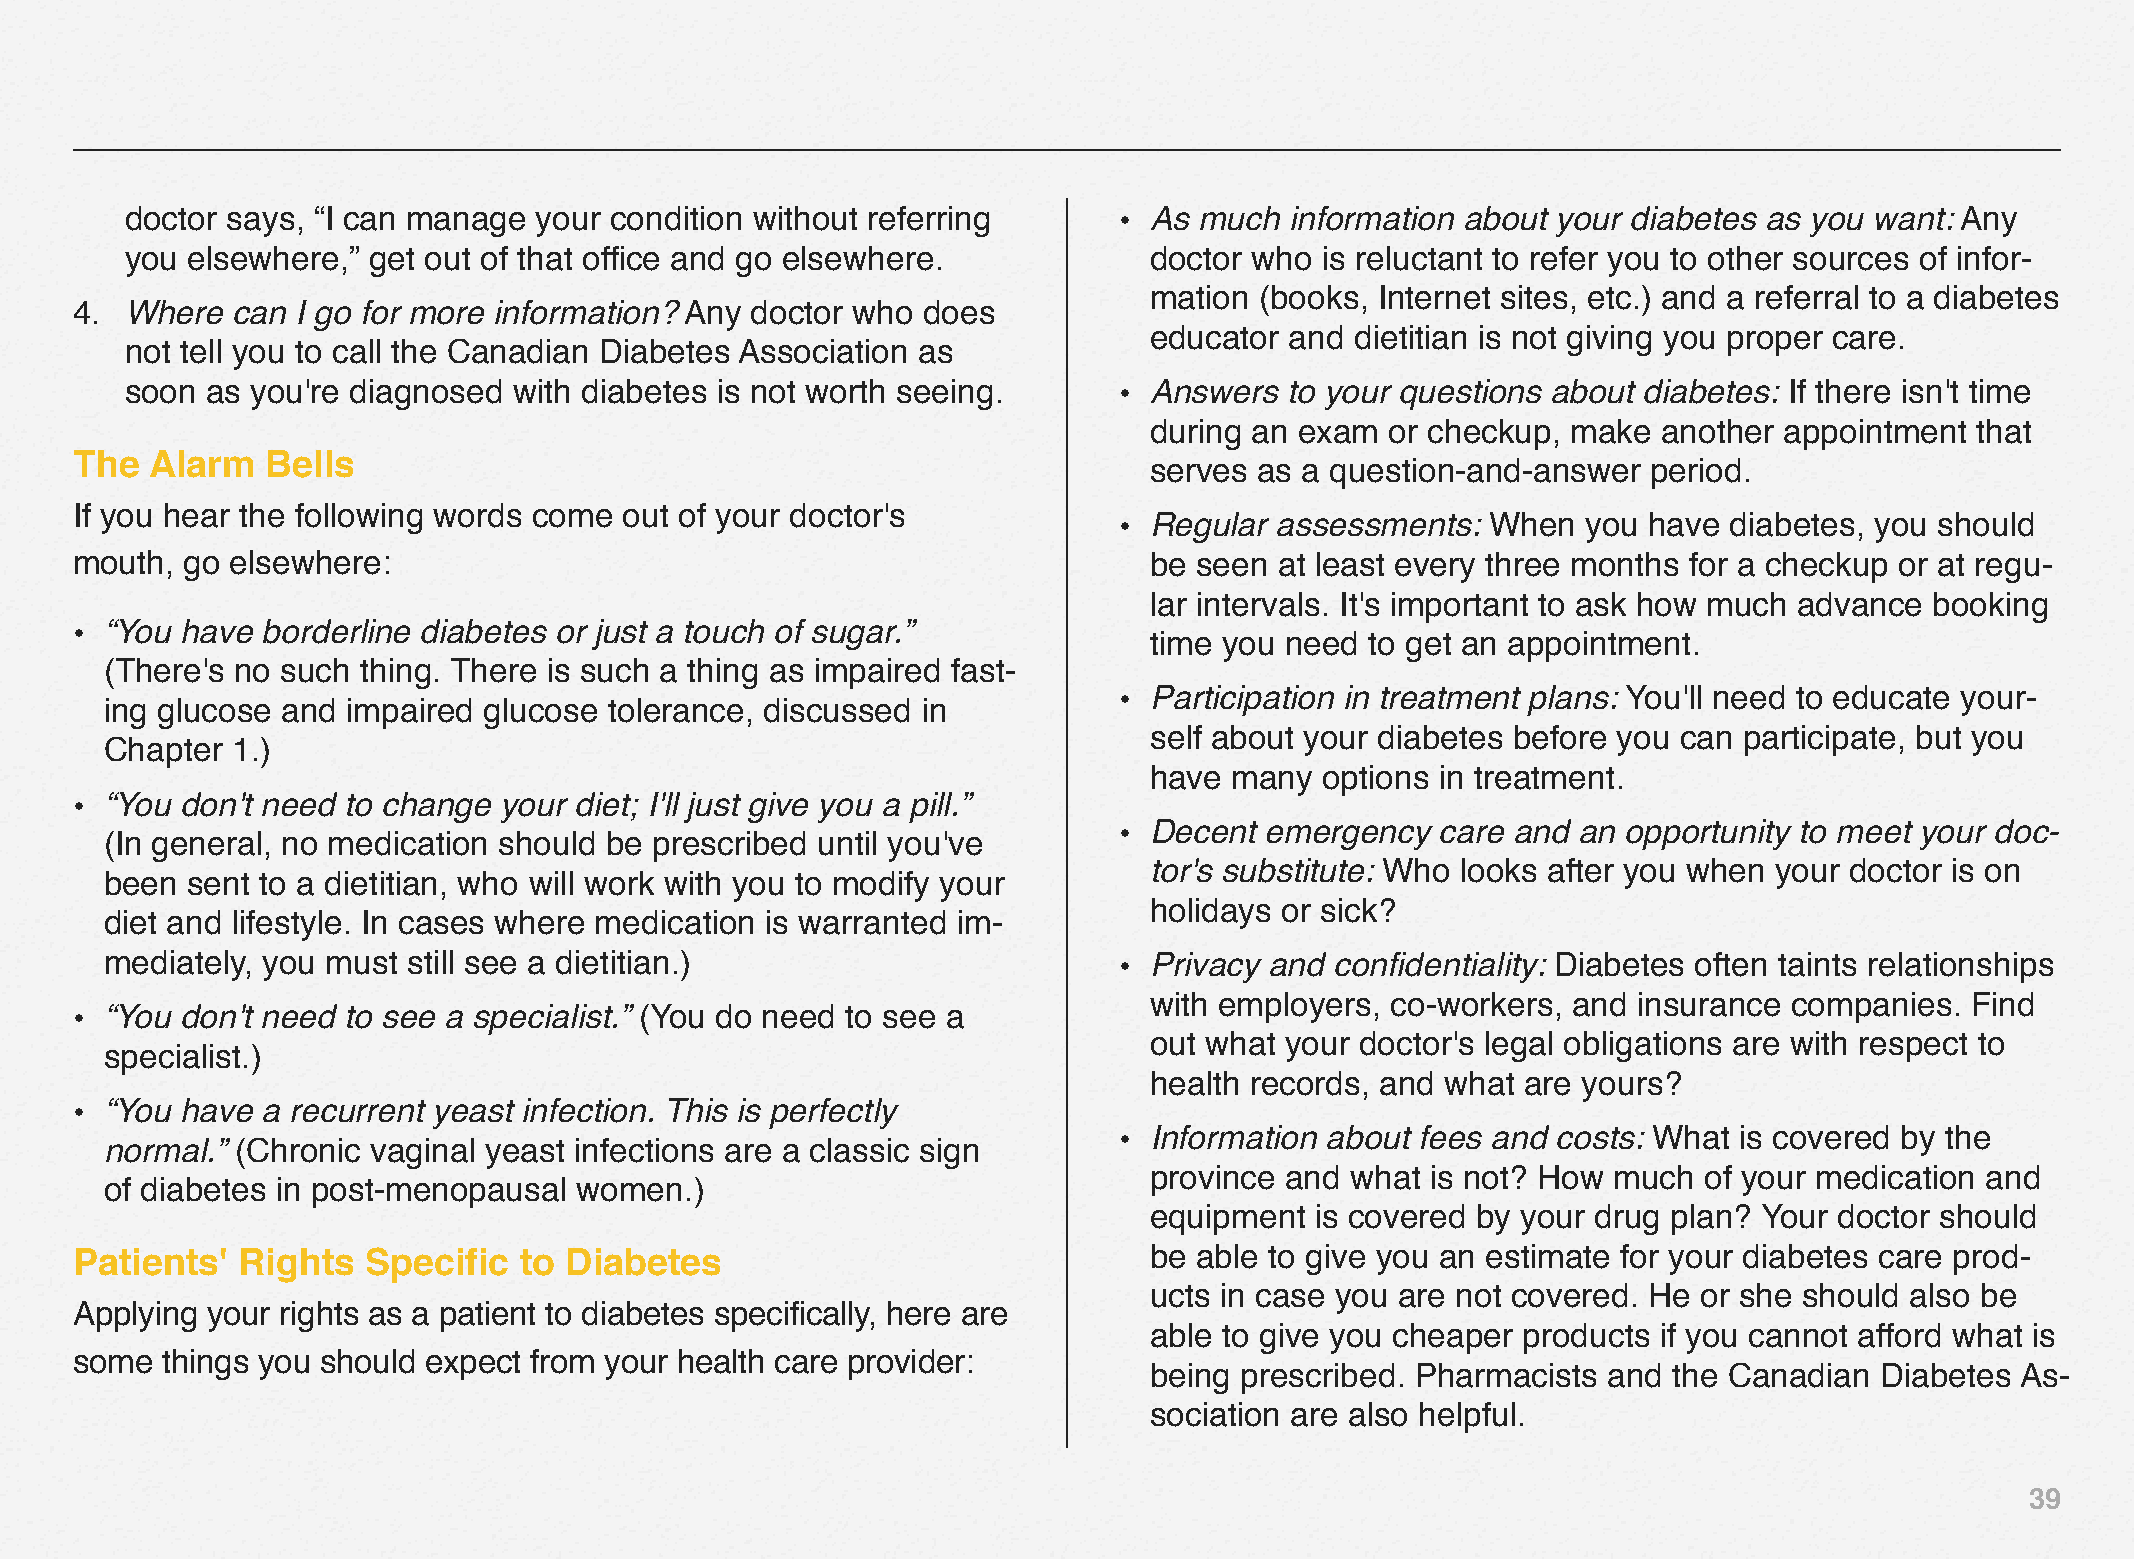
doctor says, “I can manage  your condition without referring      • As much  information about your diabetes as you want: Any
 you elsewhere,” get out of that office and go elsewhere.            doctor who  is reluctant to refer you to other sources of infor-
 mation (books, Internet sites, etc.) and a referral to a diabetes
 4. Where  can  I go for more information? Any doctor who does
 educator and  dietitian is not giving you proper care.
 not tell you to call the Canadian Diabetes Association as
 soon  as you're diagnosed with diabetes is not worth seeing.      • Answers  to your questions about diabetes: If there isn't time
 during an exam  or checkup, make  another appointment  that
 The  Alarm   Bells
 serves as a question-and-answer  period.
 If you hear the following words come out of your doctor's
 • Regular assessments:   When  you have  diabetes, you should
 mouth, go elsewhere:                                                   be seen  at least every three months for a checkup or at regu-
 lar intervals. It's important to ask how much advance booking
 • “You have borderline diabetes or just a touch of sugar.”
 time you need  to get an appointment.
 (There's no such thing. There is such a thing as impaired fast-
 • Participation in treatment plans: You'll need to educate your-
 ing glucose and impaired glucose tolerance, discussed in
 self about your diabetes before you can participate, but you
 Chapter 1.)
 have  many  options in treatment.
 • “You don't need to change your diet; I'll just give you a pill.”
 • Decent  emergency  care and an  opportunity to meet your doc-
 (In general, no medication should be prescribed until you've
 tor's substitute: Who looks after you when your doctor is on
 been sent to a dietitian, who will work with you to modify your
 holidays or sick?
 diet and lifestyle. In cases where medication is warranted im-
 mediately, you must still see a dietitian.)                        • Privacy and confidentiality: Diabetes often taints relationships
 with employers, co-workers, and insurance  companies. Find
 • “You don't need to see a specialist.” (You do need to see a
 out what your doctor's legal obligations are with respect to
 specialist.)
 health records, and what are yours?
 • “You have a recurrent yeast infection. This is perfectly
 • Information about fees and costs: What is covered by the
 normal.” (Chronic vaginal yeast infections are a classic sign
 province and what  is not? How much  of your medication and
 of diabetes in post-menopausal women.)
 equipment  is covered by your drug plan? Your doctor should
 Patients'  Rights  Specific  to Diabetes                               be able to give you an estimate for your diabetes care prod-
 ucts in case you are not covered. He or she should also be
 Applying your rights as a patient to diabetes specifically, here are
 able to give you cheaper products if you cannot afford what is
 some  things you should expect from your health care provider:
 being prescribed. Pharmacists and  the Canadian Diabetes  As-
 sociation are also helpful.
 39